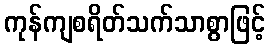
ကုန်ကျစရိတ်သက်သာစွာဖြင့်